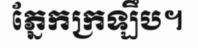
ភ្នែកក្រឡឹប។